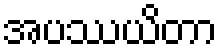
အပဿယိတာ